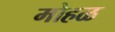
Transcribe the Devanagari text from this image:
मोहळ